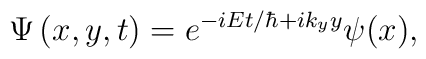
\Psi\left(  x,y,t\right)  =e^{-iEt/\hbar+ik_{y}y}\psi(x),